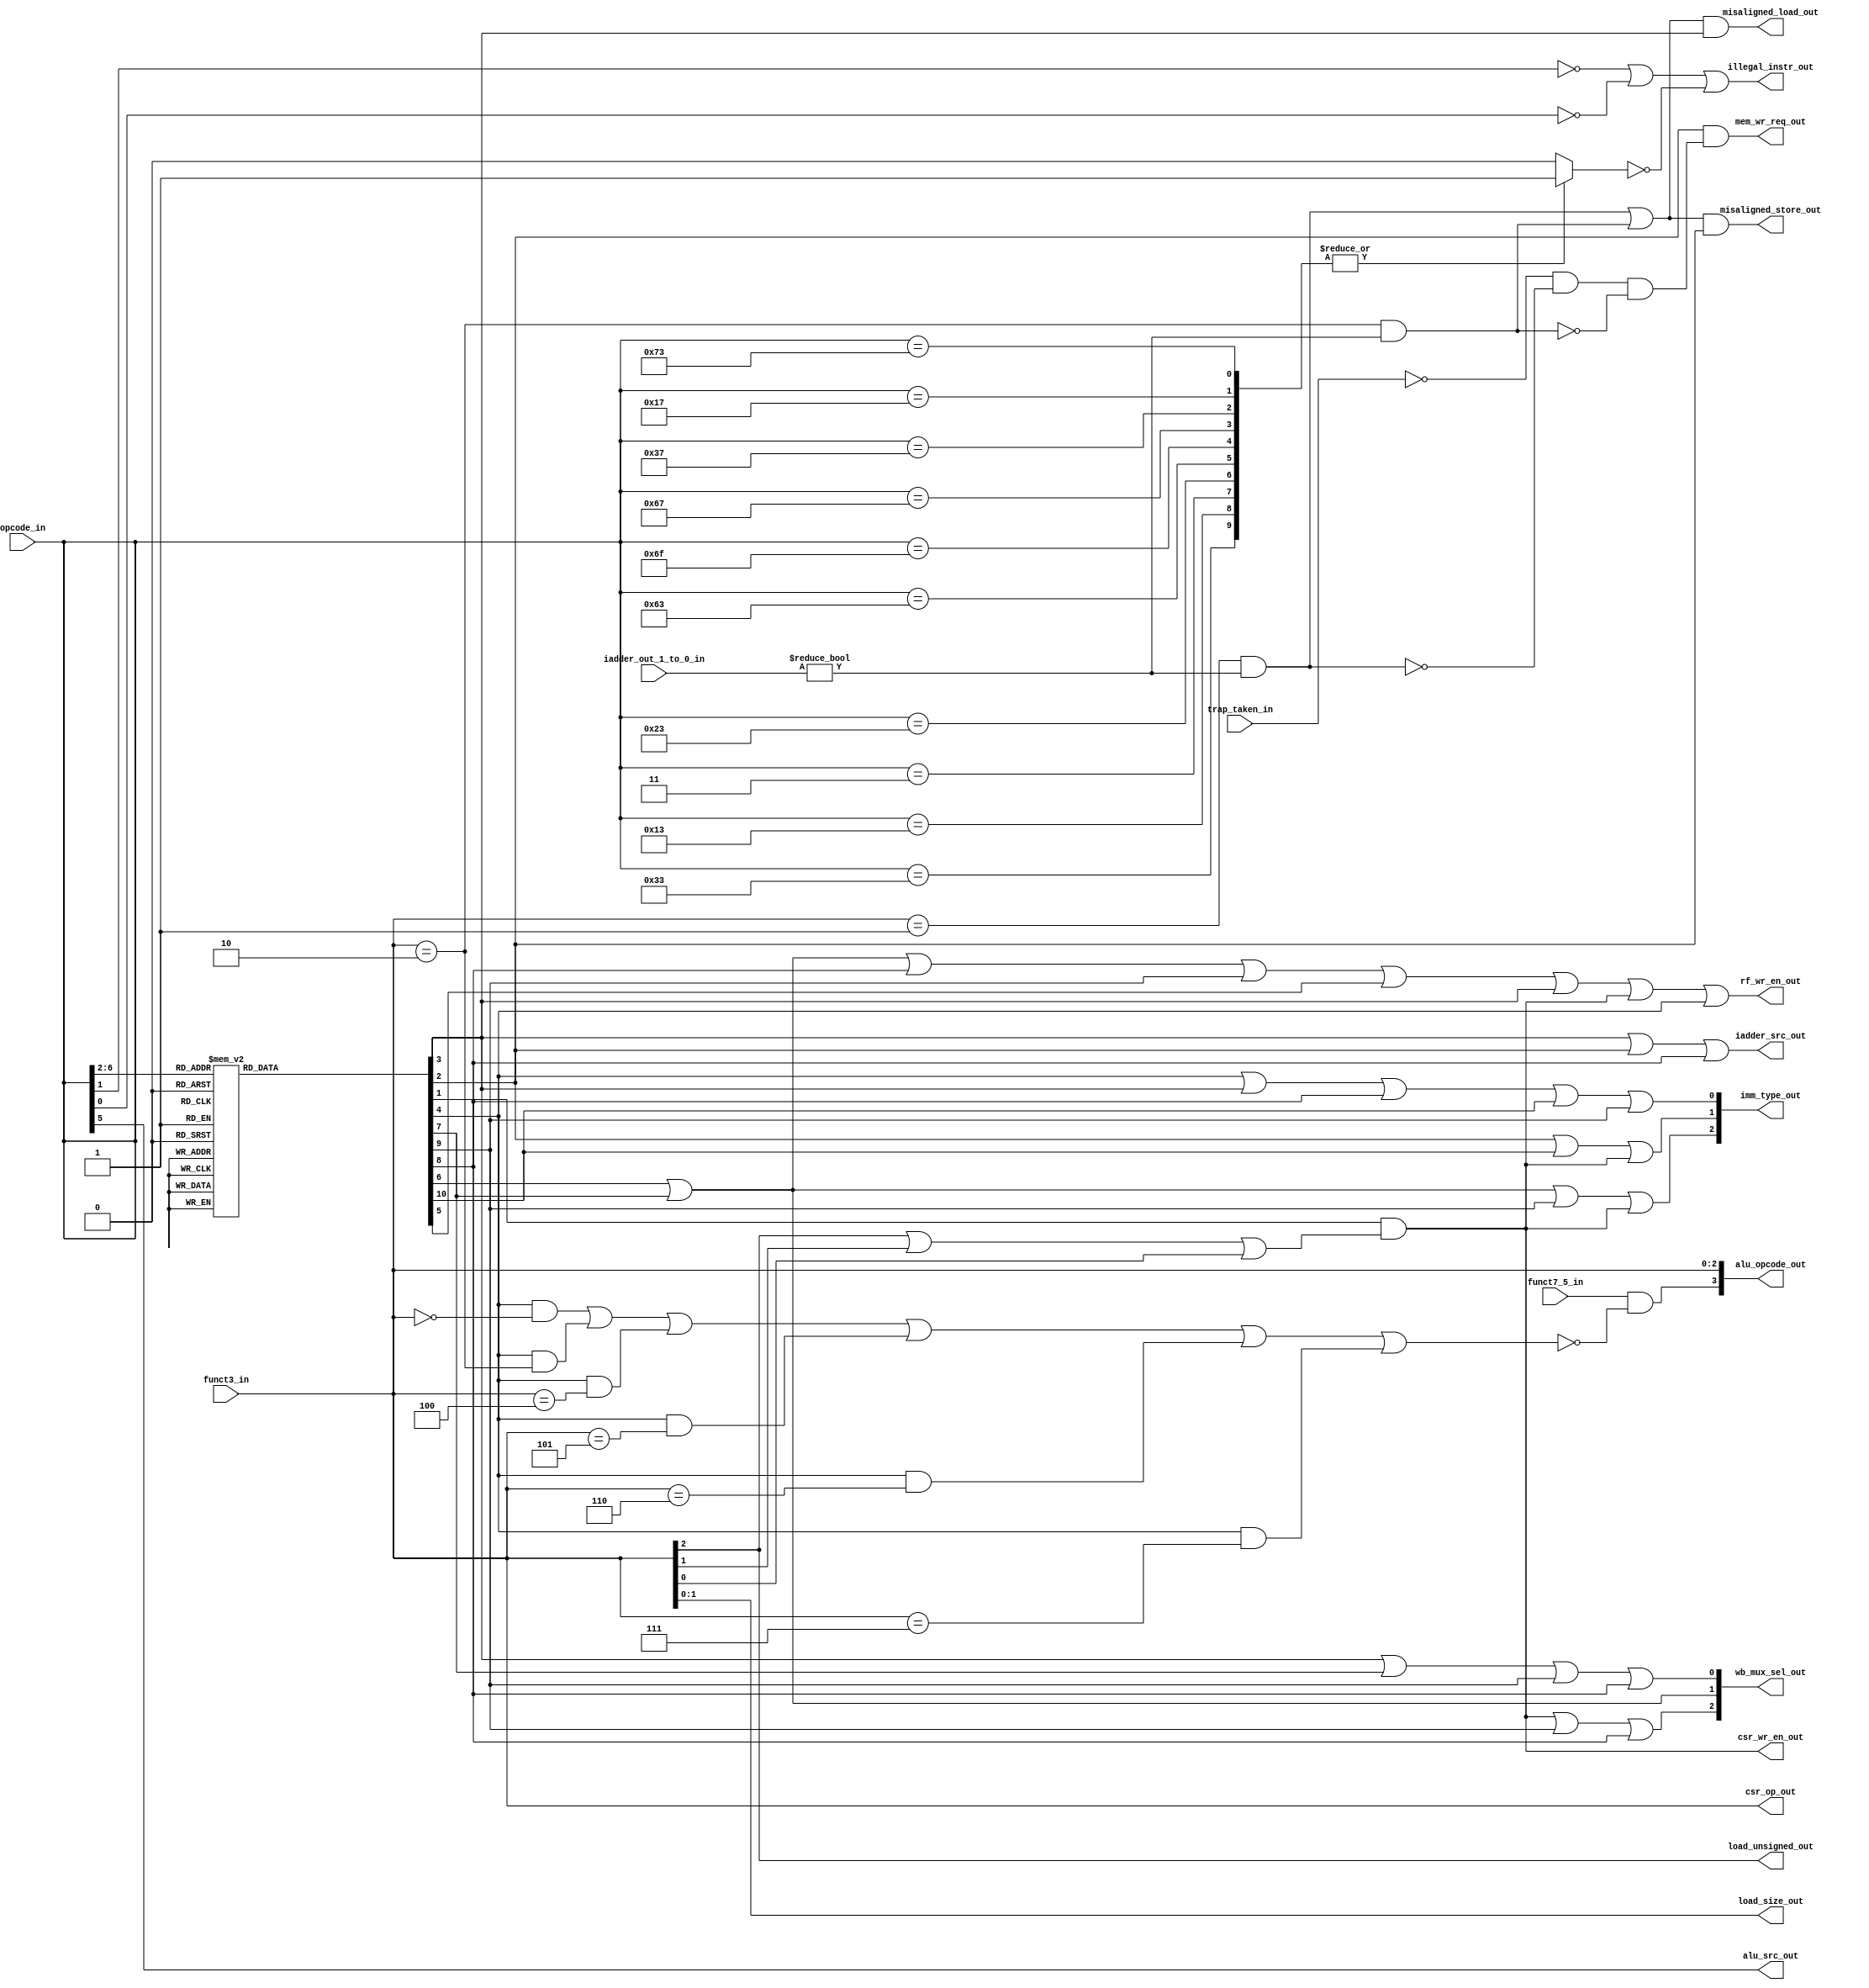

module msrv_32_decoder( input trap_taken_in,
		        input funct7_5_in,
		        input wire [6:0] opcode_in,
		        input wire [2:0] funct3_in,
		        input wire [1:0] iadder_out_1_to_0_in,

			output reg [2:0]wb_mux_sel_out,
			output reg [2:0]imm_type_out,
			output reg [2:0]csr_op_out,
			output reg mem_wr_req_out,
			output reg [3:0]alu_opcode_out,
			output reg [1:0]load_size_out,
			output reg load_unsigned_out,
			output reg alu_src_out,
			output reg iadder_src_out,
			output reg csr_wr_en_out,
			output reg rf_wr_en_out,
			output reg illegal_instr_out,
			output reg misaligned_load_out,
			output reg misaligned_store_out);

reg      is_branch,
          is_jal,
	  is_jalr,
          is_auipc,
	  is_lui,
	  is_op,
 	  is_op_imm,
   	  is_load,
	  is_store,
	  is_system,
	  is_misc_mem;

wire is_addi;
wire is_slti;
wire is_sltiu;
wire is_andi;
wire is_ori;
wire is_xori;

reg  is_implemented_instr;
wire is_csr;
wire mal_word,mal_half;

assign mal_word = (funct3_in == 3'b001) & (iadder_out_1_to_0_in   != 2'b00); 
assign mal_half = (funct3_in == 3'b010) & (iadder_out_1_to_0_in   != 1'b0); 

always @(*) begin
case(opcode_in[6:2])
    5'b11000:   {is_branch, is_jal, is_jalr, is_auipc, is_lui, is_op, is_op_imm, is_load, is_store, is_system, is_misc_mem} <= 11'b10000000000;
    5'b11011:   {is_branch, is_jal, is_jalr, is_auipc, is_lui, is_op, is_op_imm, is_load, is_store, is_system, is_misc_mem} <= 11'b01000000000;
    5'b11001:   {is_branch, is_jal, is_jalr, is_auipc, is_lui, is_op, is_op_imm, is_load, is_store, is_system, is_misc_mem} <= 11'b00100000000;
    5'b00101:   {is_branch, is_jal, is_jalr, is_auipc, is_lui, is_op, is_op_imm, is_load, is_store, is_system, is_misc_mem} <= 11'b00010000000;
    5'b01101:   {is_branch, is_jal, is_jalr, is_auipc, is_lui, is_op, is_op_imm, is_load, is_store, is_system, is_misc_mem} <= 11'b00001000000;
    5'b01100:   {is_branch, is_jal, is_jalr, is_auipc, is_lui, is_op, is_op_imm, is_load, is_store, is_system, is_misc_mem} <= 11'b00000100000;
    5'b00100:   {is_branch, is_jal, is_jalr, is_auipc, is_lui, is_op, is_op_imm, is_load, is_store, is_system, is_misc_mem} <= 11'b00000010000;
    5'b00000:   {is_branch, is_jal, is_jalr, is_auipc, is_lui, is_op, is_op_imm, is_load, is_store, is_system, is_misc_mem} <= 11'b00000001000;
    5'b01000:   {is_branch, is_jal, is_jalr, is_auipc, is_lui, is_op, is_op_imm, is_load, is_store, is_system, is_misc_mem} <= 11'b00000000100;
    5'b11100:   {is_branch, is_jal, is_jalr, is_auipc, is_lui, is_op, is_op_imm, is_load, is_store, is_system, is_misc_mem} <= 11'b00000000010;
    5'b00011:   {is_branch, is_jal, is_jalr, is_auipc, is_lui, is_op, is_op_imm, is_load, is_store, is_system, is_misc_mem} <= 11'b00000000001;
    default:    {is_branch, is_jal, is_jalr, is_auipc, is_lui, is_op, is_op_imm, is_load, is_store, is_system, is_misc_mem} <= 11'b00000000000;
  endcase
end

assign is_addi  = (is_op_imm && (funct3_in == 3'b000));
assign is_slti  = (is_op_imm && (funct3_in == 3'b010));
assign is_sltiu = (is_op_imm && (funct3_in == 3'b100));
assign is_andi  = (is_op_imm && (funct3_in == 3'b101));
assign is_ori   = (is_op_imm && (funct3_in == 3'b110));
assign is_xori  = (is_op_imm && (funct3_in == 3'b111));
assign is_csr    = is_system &(funct3_in[2] | funct3_in[1] | funct3_in[0] ); 


always@(*) begin

  case (opcode_in)
    7'b0110011: is_implemented_instr <= 1'b1;  // R-type instruction
    7'b0010011: is_implemented_instr <= 1'b1;  // I-type instruction
    7'b0000011: is_implemented_instr <= 1'b1;  // I-type instruction
    7'b0100011: is_implemented_instr <= 1'b1;  // I-type instruction
    7'b1100011: is_implemented_instr <= 1'b1;  // S-type instruction
    7'b1101111: is_implemented_instr <= 1'b1;  // U-type instruction
    7'b1100111: is_implemented_instr <= 1'b1;  // UJ-type instruction
    7'b0110111: is_implemented_instr <= 1'b1;
    7'b0010111: is_implemented_instr <= 1'b1;
    7'b1110011: is_implemented_instr <= 1'b1;
    default: is_implemented_instr <= 1'b0;  // Set to zero for invalid opcodes
  endcase

alu_opcode_out[2:0] <= funct3_in;
alu_opcode_out[3]   <= funct7_5_in & ~((is_addi | is_slti | is_sltiu | is_andi | is_ori | is_xori));
load_size_out       <=funct3_in[1:0];
load_unsigned_out   <=funct3_in[2];
alu_src_out         <=opcode_in[5];
iadder_src_out      <=(is_load | is_store | is_jalr);

csr_wr_en_out       <= is_csr; 
rf_wr_en_out        <= (is_lui | is_auipc | is_jalr | is_jal | is_op | is_load | is_csr | is_op_imm);

wb_mux_sel_out [0]  <= (is_load | is_auipc | is_jal | is_jalr);
wb_mux_sel_out [1]  <= (is_lui | is_auipc);
wb_mux_sel_out [2]  <= (is_csr | is_jal | is_jalr);

imm_type_out [0]    <= (is_op_imm | is_load | is_jalr | is_branch | is_jal);
imm_type_out [1]    <= (is_store | is_branch | is_csr);
imm_type_out [2]    <= (is_lui | is_auipc | is_jal | is_csr);

csr_op_out          <=funct3_in;

misaligned_load_out  <= (mal_word | mal_half) & is_load;
misaligned_store_out <= (mal_word | mal_half) & is_store;
mem_wr_req_out       <= is_store & (!trap_taken_in & !mal_word & !mal_half);

illegal_instr_out    <= ((!opcode_in[1]) | (!opcode_in[0]) | (!is_implemented_instr));

end
endmodule